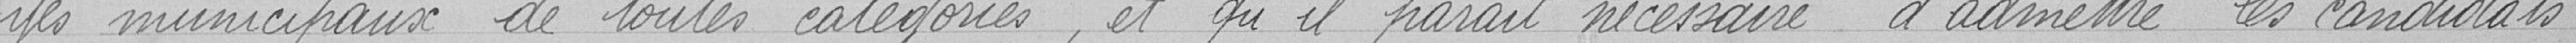
yés municipaux de toutes catégories, et qu'il parait nécessaire d'admettre les candidats